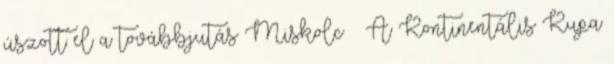
úszott el a továbbjutás Miskolc – A Kontinentális Kupa